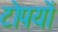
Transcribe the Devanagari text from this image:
टोपयों